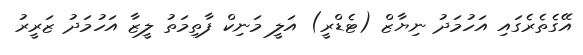
އޭގެތެރެގައި އަހުމަދު ނިޔާޒް (ޓެޑްރީ) އަލީ މަނިކް ފާތިމަތު ލީޒާ އަހުމަދު ޒަރީރު